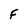
Character: F